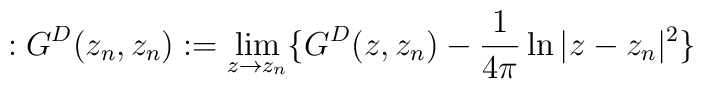
:G^D(z_n,    z_n):=\lim_{z\to z_n}\{G^D(z,z_n)-\frac{1}{4\pi}\ln|z-z_n|^2\}